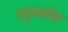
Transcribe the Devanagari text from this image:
बहुनस्लीय